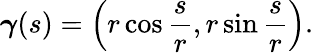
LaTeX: {\boldsymbol{\gamma}}(s)=\left(r\cos{\frac{s}{r}},r\sin{\frac{s}{r}}\right).